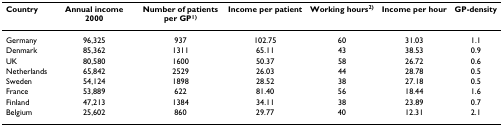
<table><thead><tr><td><b>Country</b></td><td><b>Annual income 2000</b></td><td><b>Number of patients per GP<sup>1)</sup></b></td><td><b>Income per patient</b></td><td><b>Working hours<sup>2)</sup></b></td><td><b>Income per hour</b></td><td><b>GP-density</b></td></tr></thead><tbody><tr><td>Germany</td><td>96,325</td><td>937</td><td>102.75</td><td>60</td><td>31.03</td><td>1.1</td></tr><tr><td>Denmark</td><td>85,362</td><td>1311</td><td>65.11</td><td>43</td><td>38.53</td><td>0.9</td></tr><tr><td>UK</td><td>80,580</td><td>1600</td><td>50.37</td><td>58</td><td>26.72</td><td>0.6</td></tr><tr><td>Netherlands</td><td>65,842</td><td>2529</td><td>26.03</td><td>44</td><td>28.78</td><td>0.5</td></tr><tr><td>Sweden</td><td>54,124</td><td>1898</td><td>28.52</td><td>38</td><td>27.18</td><td>0.5</td></tr><tr><td>France</td><td>53,889</td><td>622</td><td>81.40</td><td>56</td><td>18.44</td><td>1.6</td></tr><tr><td>Finland</td><td>47,213</td><td>1384</td><td>34.11</td><td>38</td><td>23.89</td><td>0.7</td></tr><tr><td>Belgium</td><td>25,602</td><td>860</td><td>29.77</td><td>40</td><td>12.31</td><td>2.1</td></tr></tbody></table>